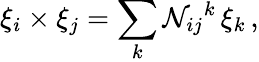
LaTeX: \xi_{i}\times\xi_{j}=\sum_{k}\mathcal{N}_{ij}{}^{k}\, \xi_{k}\, ,